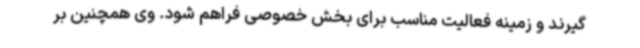
گیرند و زمینه فعالیت مناسب برای بخش خصوصی فراهم شود. وی همچنین بر